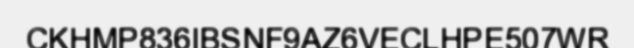
CKHMP836IBSNF9AZ6VECLHPE507WR